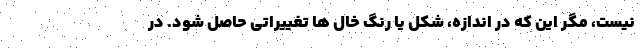
نیست، مگر این که در اندازه، شکل یا رنگ خال ها تغییراتی حاصل شود. در